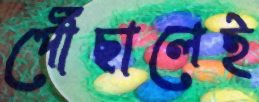
পৌঁছালেই